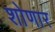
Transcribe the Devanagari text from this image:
शोणार